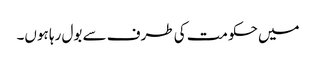
میں حکومت کی طرف سے بول رہا ہوں۔